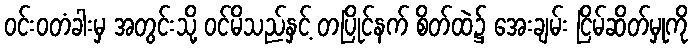
ဝင်းဝတံခါးမှ အတွင်းသို့ ဝင်မိသည်နှင့် တပြိုင်နက် စိတ်ထဲ၌ အေးချမ်း ငြိမ်ဆိတ်မှုကို